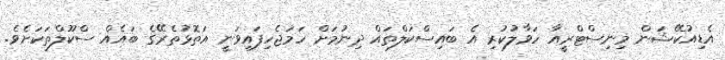
އެޑިއުކޭޝަން މިނިސްޓްރީއާ ހަވާލުކުރި އެ ބައިސްކަލްތައް ދިނުމަށް ހަމަޖެހިފައިވަނީ އަތޮޅުތެރޭގެ ބައެއް ސްކޫލްތަކަށެވެ.